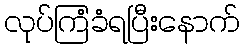
လုပ်ကြံခံရပြီးနောက်